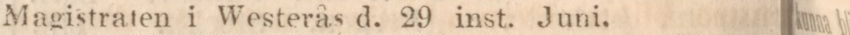
Magistraten i Westerås d. 29 inst. Juni.